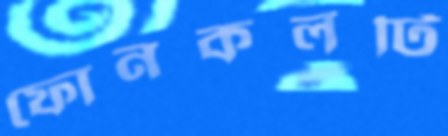
ফোনকলটি